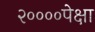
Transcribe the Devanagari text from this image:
२००००पेक्षा